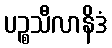
ပဉ္စသီလာနိဒံ